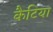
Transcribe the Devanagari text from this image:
कैटिया